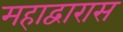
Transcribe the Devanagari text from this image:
महाद्वारास